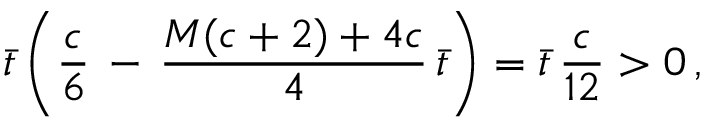
\Bar { t } \, \bigg ( \frac { c } { 6 } \, - \, \frac { M ( c + 2 ) + 4 c } { 4 } \, \Bar { t } \bigg ) = \Bar { t } \, \frac { c } { 1 2 } > 0 \, ,